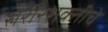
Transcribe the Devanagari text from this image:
शरीरशक्तीचे